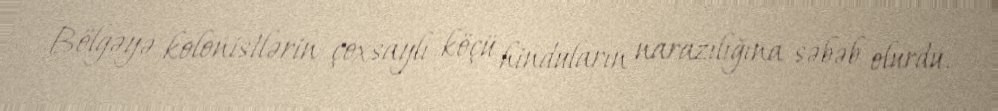
Bölgəyə kolonistlərin çoxsaylı köçü hinduların narazılığına səbəb olurdu.